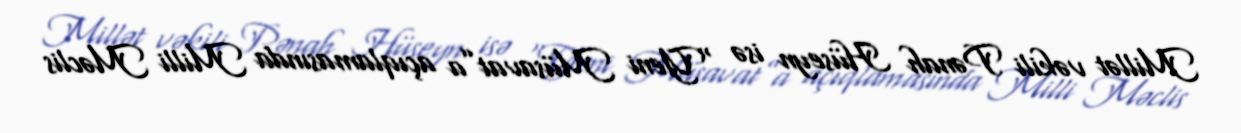
Millət vəkili Pənah Hüseyn isə “Yeni Müsavat”a açıqlamasında Milli Məclis